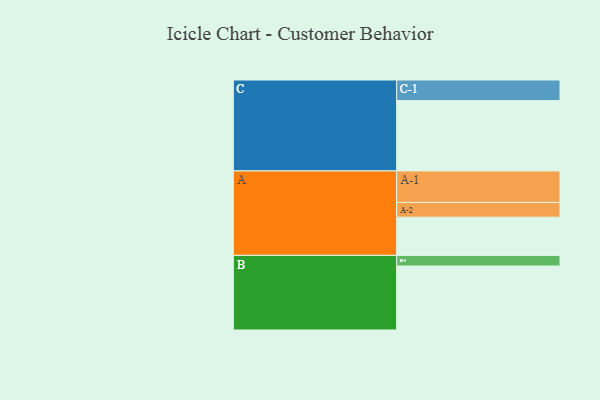
{"axis": {"x": "Segment", "y": "Value"}, "legend": ["", "A", "B", "C"], "data": [{"x": "A", "y": 314, "type": ""}, {"x": "B", "y": 526, "type": ""}, {"x": "C", "y": 578, "type": ""}, {"x": "A-1", "y": 259, "type": "A"}, {"x": "A-2", "y": 121, "type": "A"}, {"x": "B-1", "y": 87, "type": "B"}, {"x": "C-1", "y": 169, "type": "C"}]}